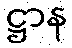
ဋ္ဌာန